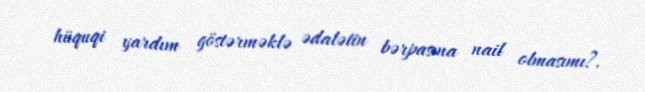
hüquqi yardım göstərməklə ədalətin bərpasına nail olmasımı?.